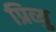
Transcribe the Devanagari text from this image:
प्रिव्यु